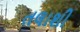
તલાશી